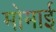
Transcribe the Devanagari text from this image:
मोमाई